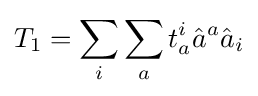
T_{1}=\sum _{i}\sum _{a}t_{a}^{i}{\hat {a}}^{a}{\hat {a}}_{i}